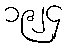
၁၉၂၄